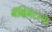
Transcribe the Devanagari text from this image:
नॅव्हिगेटरचा